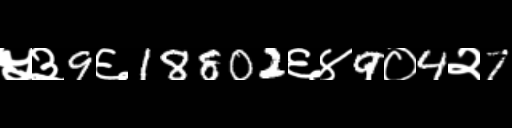
Text: ५३9६18802६४9०4२7